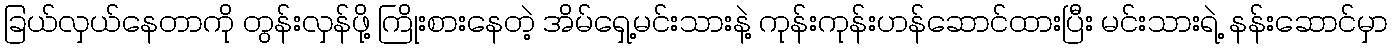
ခြယ်လှယ်နေတာကို တွန်းလှန်ဖို့ ကြိုးစားနေတဲ့ အိမ်ရှေ့မင်းသားနဲ့ ကုန်းကုန်းဟန်ဆောင်ထားပြီး မင်းသားရဲ့ နန်းဆောင်မှာ